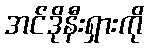
အင်ဒိုနီးရှားကို